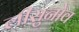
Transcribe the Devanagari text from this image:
लीसुनोव